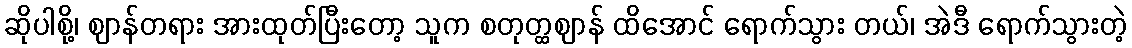
ဆိုပါစို့၊ ဈာန်တရား အားထုတ်ပြီးတော့ သူက စတုတ္ထဈာန် ထိအောင် ရောက်သွား တယ်၊ အဲဒီ ရောက်သွားတဲ့